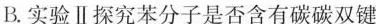
B.实验Ⅱ探究苯分子是否含有碳碳双键